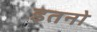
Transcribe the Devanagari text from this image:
इतनो